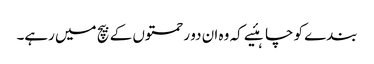
بندے کو چاہئیے کہ وہ ان دو رحمتوں کے بیچ میں رہے۔